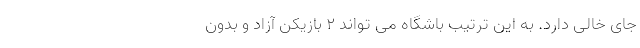
جای خالی دارد. به این ترتیب باشگاه می تواند 2 بازیکن آزاد و بدون